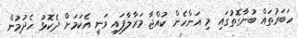
ހަބަރުތައް ބުނާގޮތުގައި މި އަންހެން ކުއްޖާ މަރާލާފައި ވަނީ އެކަމަށް ދެކޮޅު ހެދުމުން